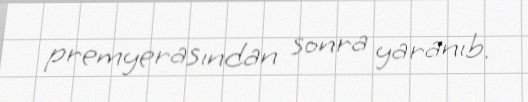
premyerasından sonra yaranıb.